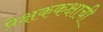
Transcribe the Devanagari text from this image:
प्रेक्षककक्षाची